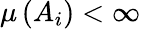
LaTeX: \mu\left(A_{i}\right)<\infty